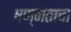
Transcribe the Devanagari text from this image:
षण्मताचा